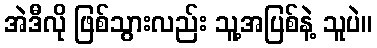
အဲဒီလို ဖြစ်သွားလည်း သူ့အပြစ်နဲ့ သူပဲ။